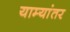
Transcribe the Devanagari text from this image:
याम्यांतर